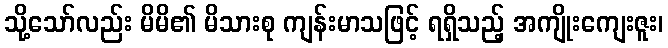
သို့သော်လည်း မိမိ၏ မိသားစု ကျန်းမာသဖြင့် ရရှိသည့် အကျိုးကျေးဇူး၊